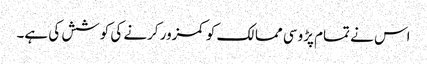
اس نے تمام پڑوسی ممالک کو کمزور کرنے کی کوشش کی ہے۔